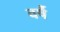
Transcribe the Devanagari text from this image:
वर्षै